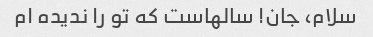
سلام، جان! سالهاست که تو را ندیده ام